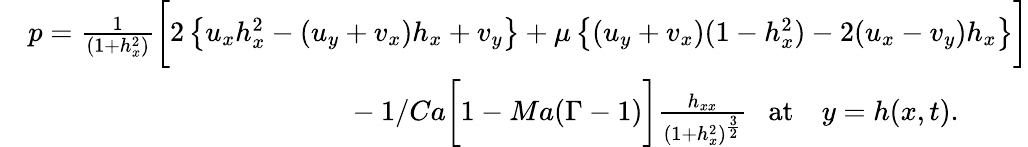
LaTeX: \begin{array}{rl}&{p=\frac{1}{(1+h_{x}^{2})}\biggl[2\left\{ u_{x}h_{x}^{2}-(u_{y}+v_{x})h_{x}+v_{y}\right\} +\mu\left\{ (u_{y}+v_{x})(1-h_{x}^{2})-2(u_{x}-v_{y})h_{x}\right\} \biggr]}\\ &{~~~~~~~~~~~~~~~~~~~~~~~~~~~~~~~~~~~~~~~~~~~~~-1/Ca\biggl[1-Ma(\Gamma-1)\biggr]\frac{h_{xx}}{(1+h_{x}^{2})^{\frac{3}{2}}}~~~\mathrm{at}~~~~y=h(x,t).}\end{array}